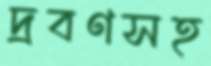
দ্রবণসহ